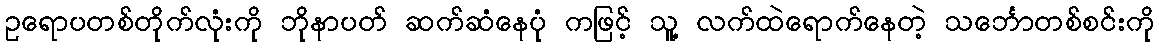
ဥရောပတစ်တိုက်လုံးကို ဘိုနာပတ် ဆက်ဆံနေပုံ ကဖြင့် သူ့ လက်ထဲရောက်နေတဲ့ သင်္ဘောတစ်စင်းကို